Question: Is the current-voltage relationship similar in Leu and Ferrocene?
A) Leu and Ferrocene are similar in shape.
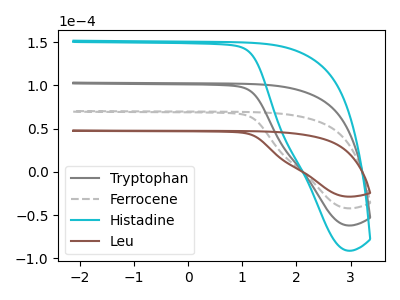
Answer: <think>The gray curve "Tryptophan" has no peaks. The gray dashed curve "Ferrocene" has no peaks. The cyan curve "Histadine" has no peaks. The brown curve "Leu" has no peaks.
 Neither "Leu" or "Ferrocene" have any peaks.</think>
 <answer>A) "Leu" and "Ferrocene" are similar in shape.</answer>
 <eval>A</eval>